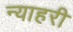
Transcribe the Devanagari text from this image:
न्याहरी